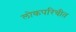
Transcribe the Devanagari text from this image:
लोकपरिचीत